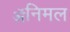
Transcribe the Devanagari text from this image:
ॲनिमल